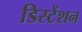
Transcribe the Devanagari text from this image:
डिस्टेंशन